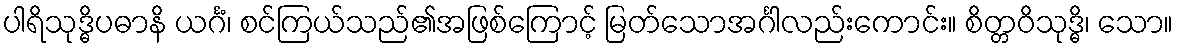
ပါရိသုဒ္ဓိပဓာနိ ယင်္ဂံ၊ စင်ကြယ်သည်၏အဖြစ်ကြောင့် မြတ်သောအင်္ဂါလည်းကောင်း။ စိတ္တဝိသုဒ္ဓိ၊ သော။